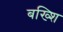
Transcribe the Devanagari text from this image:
बख्शि